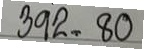
392 = 80